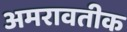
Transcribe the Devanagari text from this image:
अमरावतीक